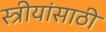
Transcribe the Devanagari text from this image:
स्त्रीयांसाठी